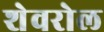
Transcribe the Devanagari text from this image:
शेवरोल